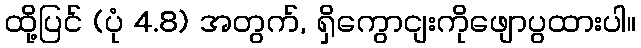
ထို့ပြင် (ပုံ 4.8) အတွက်, ရှိကွောငျးကိုဖျောပွထားပါ။